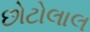
છોટોલાલ